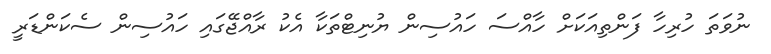
ނުވަތަ ހުރިހާ ފަންތިއަކަށް ހާއްސަ ހައުސިން ޔުނިޓްތަކާ އެކު ރާއްޖޭގައި ހައުސިން ސެކަންޑަރީ